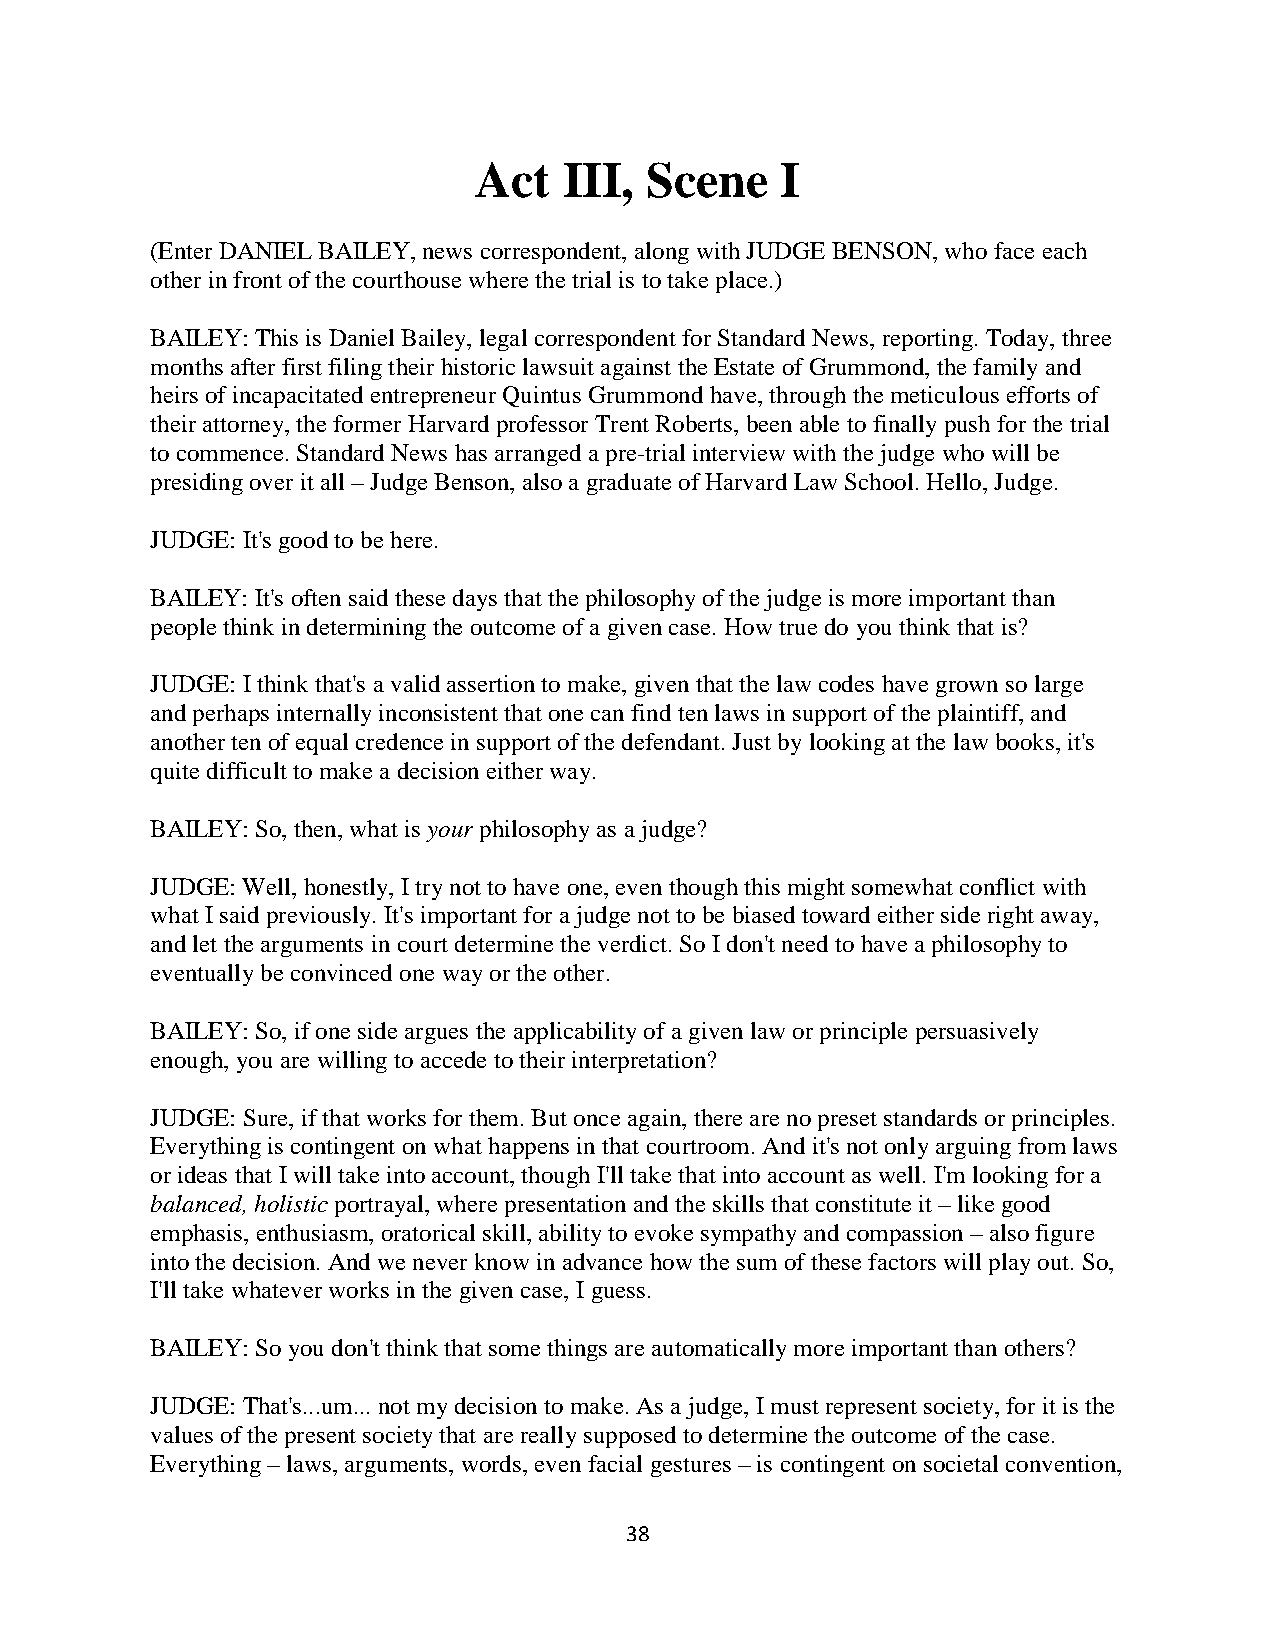
Act   III,  Scene    I
 (Enter DANIEL BAILEY, news correspondent, along with JUDGE BENSON, who face each
 other in front of the courthouse where the trial is to take place.)
 BAILEY: This is Daniel Bailey, legal correspondent for Standard News, reporting. Today, three
 months after first filing their historic lawsuit against the Estate of Grummond, the family and
 heirs of incapacitated entrepreneur Quintus Grummond have, through the meticulous efforts of
 their attorney, the former Harvard professor Trent Roberts, been able to finally push for the trial
 to commence. Standard News has arranged a pre-trial interview with the judge who will be
 presiding over it all – Judge Benson, also a graduate of Harvard Law School. Hello, Judge.
 JUDGE: It's good to be here.
 BAILEY: It's often said these days that the philosophy of the judge is more important than
 people think in determining the outcome of a given case. How true do you think that is?
 JUDGE: I think that's a valid assertion to make, given that the law codes have grown so large
 and perhaps internally inconsistent that one can find ten laws in support of the plaintiff, and
 another ten of equal credence in support of the defendant. Just by looking at the law books, it's
 quite difficult to make a decision either way.
 BAILEY: So, then, what is your philosophy as a judge?
 JUDGE: Well, honestly, I try not to have one, even though this might somewhat conflict with
 what I said previously. It's important for a judge not to be biased toward either side right away,
 and let the arguments in court determine the verdict. So I don't need to have a philosophy to
 eventually be convinced one way or the other.
 BAILEY: So, if one side argues the applicability of a given law or principle persuasively
 enough, you are willing to accede to their interpretation?
 JUDGE: Sure, if that works for them. But once again, there are no preset standards or principles.
 Everything is contingent on what happens in that courtroom. And it's not only arguing from laws
 or ideas that I will take into account, though I'll take that into account as well. I'm looking for a
 balanced, holistic portrayal, where presentation and the skills that constitute it – like good
 emphasis, enthusiasm, oratorical skill, ability to evoke sympathy and compassion – also figure
 into the decision. And we never know in advance how the sum of these factors will play out. So,
 I'll take whatever works in the given case, I guess.
 BAILEY: So you don't think that some things are automatically more important than others?
 JUDGE: That's...um... not my decision to make. As a judge, I must represent society, for it is the
 values of the present society that are really supposed to determine the outcome of the case.
 Everything – laws, arguments, words, even facial gestures – is contingent on societal convention,
 38